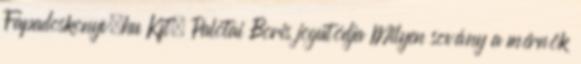
Fapadoskonyv.hu Kft. Palotai Boris jogutódja Milyen sovány a mérnök